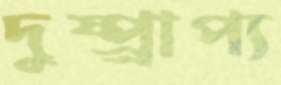
দুষ্প্র্রাপ্য